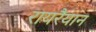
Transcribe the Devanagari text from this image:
रायरैयान